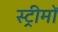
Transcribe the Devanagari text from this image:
स्ट्रीमों